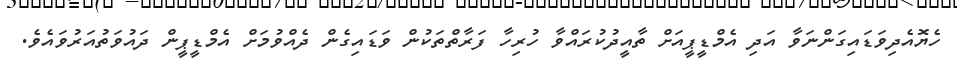
ހެޔޮއެދިވަޑައިގަންނަވާ އަދި އެމްޑީޕީއަށް ތާއީދުކުރައްވާ ހުރިހާ ފަރާތްތަކުން ވަޑައިގެން ދެއްވުމަށް އެމްޑީޕީން ދައުވަތުއަރުވައެވެ.